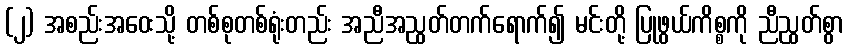
(၂) အစည်းအဝေးသို့ တစ်စုတစ်ရုံးတည်း အညီအညွတ်တက်ရောက်၍ မင်းတို့ ပြုဖွယ်ကိစ္စကို ညီညွတ်စွာ